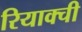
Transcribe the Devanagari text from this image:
रियाक्ची